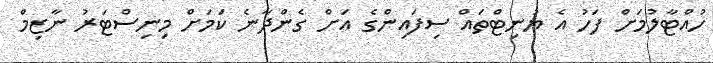
ހުއްޓާލުމަށް ފަހު އެ ޔުނިޓްތައް ސިފައިންގެ އަށް ގެންދާނެ ކަމަށް މިނިސްޓަރު ނާޒިމް